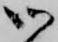
御